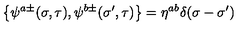
\left\{ \psi ^ { a \pm } ( \sigma , \tau ) , \psi ^ { b \pm } ( { \sigma } ^ { \prime } , \tau ) \right\} = \eta ^ { a b } \delta ( \sigma - { \sigma } ^ { \prime } )